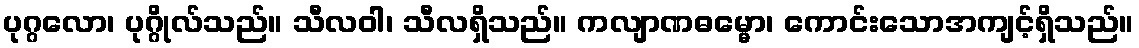
ပုဂ္ဂလော၊ ပုဂ္ဂိုလ်သည်။ သီလဝါ၊ သီလရှိသည်။ ကလျာဏဓမ္မော၊ ကောင်းသောအကျင့်ရှိသည်။